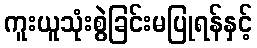
ကူးယူသုံးစွဲခြင်းမပြုရန်နှင့်